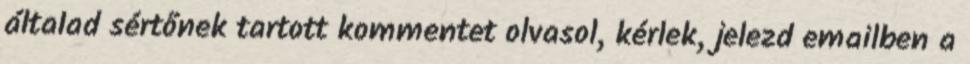
általad sértőnek tartott kommentet olvasol, kérlek, jelezd emailben a